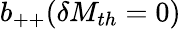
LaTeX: b_{++}(\delta M_{th}=0)